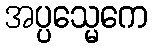
အပ္ပသ္မေကေ